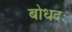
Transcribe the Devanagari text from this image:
बोधदः